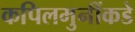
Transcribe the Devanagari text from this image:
कपिलमुनींकडे